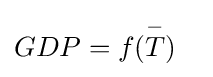
GDP=f({\overset {-}{T}})\quad \!